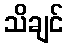
သိချင်